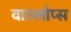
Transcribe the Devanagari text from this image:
वाल्लोप्स